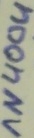
Text: 1N4004